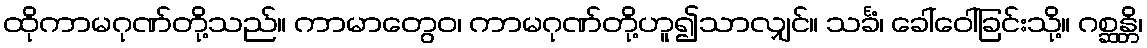
ထိုကာမဂုဏ်တို့သည်။ ကာမာတွေဝ၊ ကာမဂုဏ်တို့ဟူ၍သာလျှင်။ သင်္ခံ၊ ခေါ်ဝေါ်ခြင်းသို့။ ဂစ္ဆန္တိ၊